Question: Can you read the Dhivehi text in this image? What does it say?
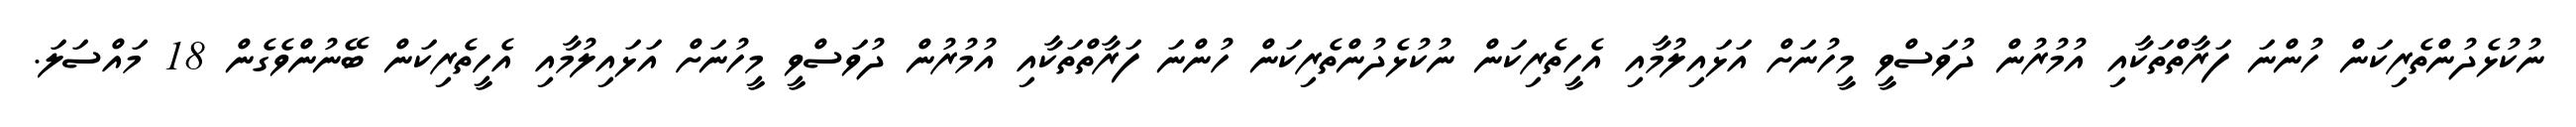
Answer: ނުކުޅެދުންތެރިކަން ހުންނަ ފަރާތްތަކާއި އުމުރުން ދުވަސްވީ މީހުނަށް އަޅައިލުމާއި އެހީތެރިކަން ނުކުޅެދުންތެރިކަން ހުންނަ ފަރާތްތަކާއި އުމުރުން ދުވަސްވީ މީހުނަށް އަޅައިލުމާއި އެހީތެރިކަން ބޭނުންވެގެން 18 މައްސަލަ.